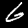
Digit: 6